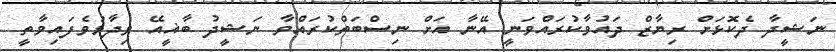
ނަޝީދާ ދެކޮޅަށް ރިޔާޒް ދައުވާކުރައްވަނީ އޭނާ އަށް ނިސްބަތްކުރައްވާ ނަޝީދު ބާޣީއޭ ވިދާޅުވެފައިވާތީ